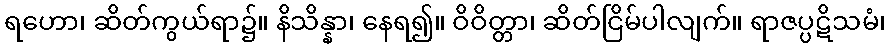
ရဟော၊ ဆိတ်ကွယ်ရာ၌။ နိသိန္နာ၊ နေရ၍။ ဝိဝိတ္တာ၊ ဆိတ်ငြိမ်ပါလျက်။ ရာဇပ္ပဋိသမံ၊